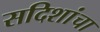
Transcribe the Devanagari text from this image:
सदिशांचा